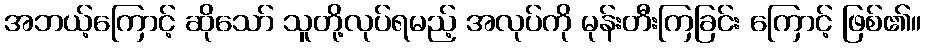
အဘယ့်ကြောင့် ဆိုသော် သူတို့လုပ်ရမည့် အလုပ်ကို မုန်းတီးကြခြင်း ကြောင့် ဖြစ်၏။